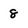
Character: 8